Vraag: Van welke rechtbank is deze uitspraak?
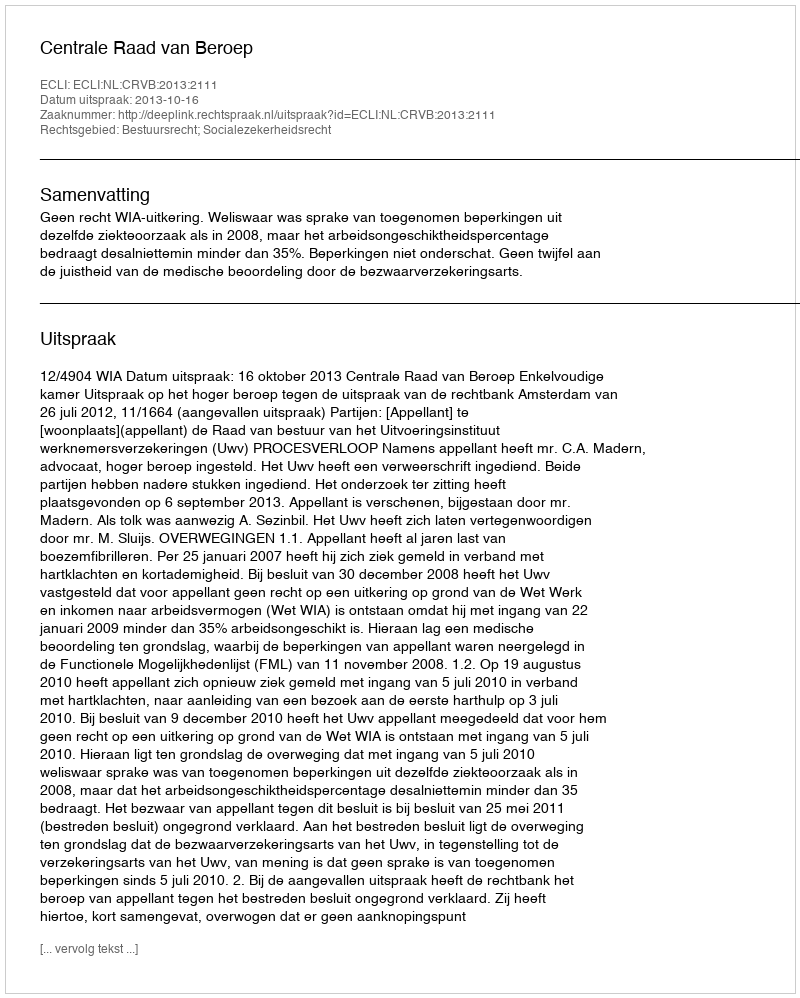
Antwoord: Centrale Raad van Beroep